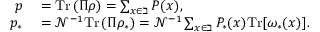
\begin{array} { r l } { p } & { { } = \mathrm { T r } \left( \Pi \rho \right) = \sum _ { x \in \beth } P ( x ) , } \\ { p _ { \ast } } & { { } = \mathcal { N } ^ { - 1 } \mathrm { T r } \left( \Pi \rho _ { \ast } \right) = \mathcal { N } ^ { - 1 } \sum _ { x \in \beth } P _ { \ast } ( x ) \mathrm { T r } [ \omega _ { \ast } ( x ) ] . } \end{array}